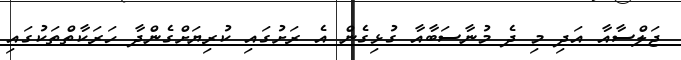
ޖަލްސާއާ އަދި މި ދެ މުނާސަބާއާ ގުޅިގެން އެ ރަށުގައި ކުރިޔަށްގެންދާ ހަރަކާތްތަކުގައި